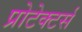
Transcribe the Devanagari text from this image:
प्रोटेक्टर्स